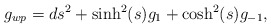
\begin{align*}g_{wp}=ds^2+\sinh^2(s)g_1+\cosh^2(s)g_{-1},\end{align*}